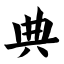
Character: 典